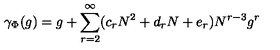
\gamma _ { \Phi } ( g ) = g + \sum _ { r = 2 } ^ { \infty } ( c _ { r } N ^ { 2 } + d _ { r } N + e _ { r } ) N ^ { r - 3 } g ^ { r }